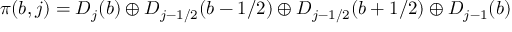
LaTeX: \pi ( b , j ) = D _ { j } ( b ) \oplus D _ { j - 1 / 2 } ( b - 1 / 2 ) \oplus D _ { j - 1 / 2 } ( b + 1 / 2 ) \oplus D _ { j - 1 } ( b )